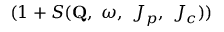
( 1 + S ( \mathbf { Q } , \ \omega , \ J _ { p } , \ J _ { c } ) )